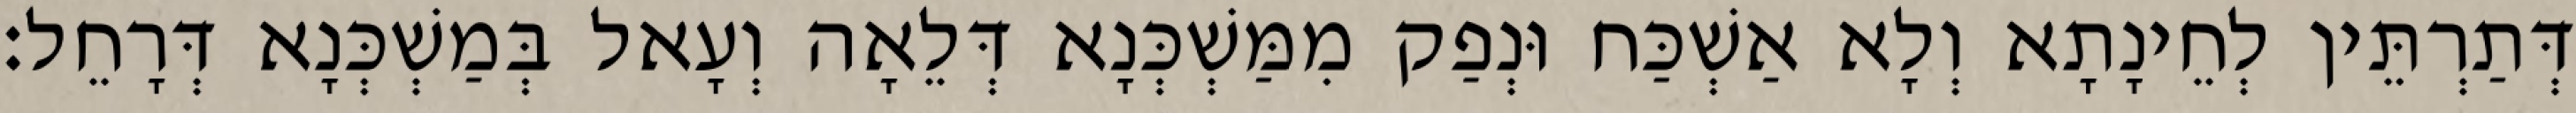
דְּתַרְתֵּין לְחֵינָתָא וְלָא אַשְׁכַּח וּנְפַק מִמַּשְׁכְּנָא דְּלֵאָה וְעָאל בְּמַשְׁכְּנָא דְּרָחֵל׃